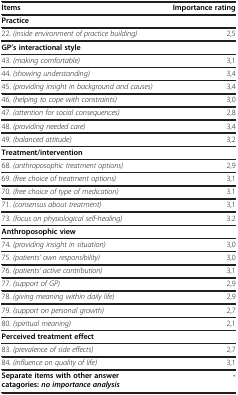
| Items | Importance rating |
 | --- | --- |
 | Practice |  |
 | 22. (inside environment of practice building) | 2,5 |
 | GP’s interactional style |  |
 | 43. (making comfortable) | 3,1 |
 | 44. (showing understanding) | 3,4 |
 | 45. (providing insight in background and causes) | 3,4 |
 | 46. (helping to cope with constraints) | 3,0 |
 | 47. (attention for social consequences) | 2,8 |
 | 48. (providing needed care) | 3,4 |
 | 49. (balanced attitude) | 3,2 |
 | Treatment/intervention |  |
 | 68. (anthroposophic treatment options) | 2,9 |
 | 69. (free choice of treatment options) | 3,1 |
 | 70. (free choice of type of medication) | 3.1 |
 | 71. (consensus about treatment) | 3,1 |
 | 73. (focus on physiological self-healing) | 3.2 |
 | Anthroposophic view |  |
 | 74. (providing insight in situation) | 3,0 |
 | 75. (patients’ own responsibility) | 3,0 |
 | 76. (patients’ active contribution) | 3,1 |
 | 77. (support of GP) | 2,9 |
 | 78. (giving meaning within daily life) | 2,9 |
 | 79. (support on personal growth) | 2,7 |
 | 80. (spiritual meaning) | 2,1 |
 | Perceived treatment effect |  |
 | 83. (prevalence of side effects) | 2,7 |
 | 84. (influence on quality of life) | 3,1 |
 | Separate items with other answer catagories: no importance analysis | - |